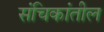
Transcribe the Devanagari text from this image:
संचिकांतील